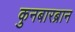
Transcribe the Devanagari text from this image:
कुनबारब्रान